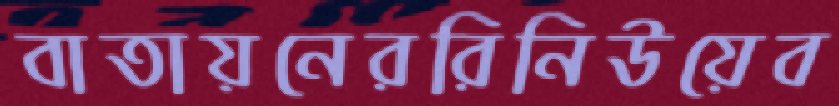
বাতায়নেররিনিউয়েব